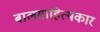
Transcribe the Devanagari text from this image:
बालसाहित्‍यकार